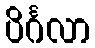
ပိင်္ဂလာ